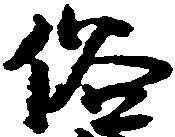
俗